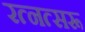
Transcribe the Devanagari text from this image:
रत्नत्सरू